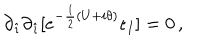
\partial _ { \hat { \imath } } \partial _ { \hat { \imath } } [ e ^ { - \frac { 1 } { 2 } ( U + i \theta ) } \epsilon _ { I } ] = 0 \, ,